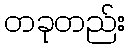
တခုတည်း